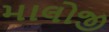
માલોજી